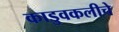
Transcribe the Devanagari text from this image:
काडुवकलीचे